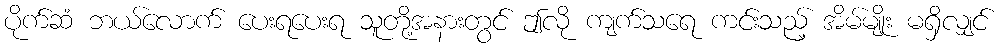
ပိုက်ဆံ ဘယ်လောက် ပေးရပေးရ သူတို့အနားတွင် ဤလို ကျက်သရေ ကင်းသည့် အိမ်မျိုး မရှိလျှင်